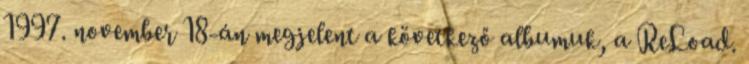
1997. november 18-án megjelent a következő albumuk, a ReLoad.